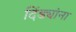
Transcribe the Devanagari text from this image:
दिंड्यांना